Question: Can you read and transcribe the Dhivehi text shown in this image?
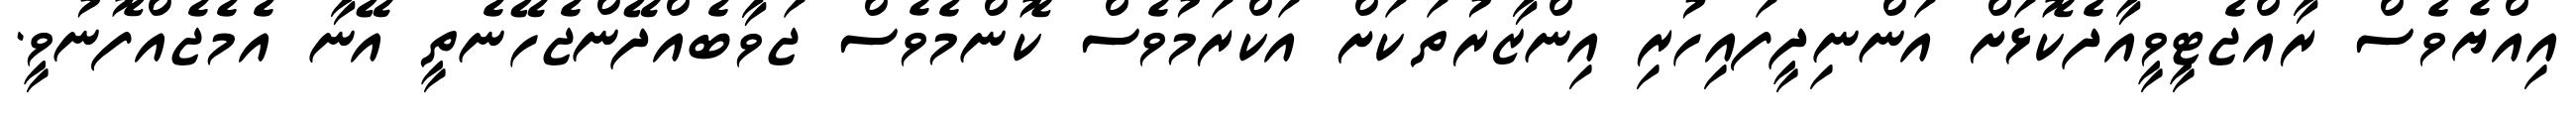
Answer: އިއްޔެވެސް ރާއްޖެޓީވީއާދެކޮޅަށް އަންނިދީފައިހުރި އިންޒާރުތަކަށް އަކްރަމުވެސް ކޮންމެވެސް ޖަވާބެއްދޭންޖެހޭނެތީ އޭނާ އެމެޖެއްފޮނުވީ.